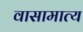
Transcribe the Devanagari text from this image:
वासामात्य